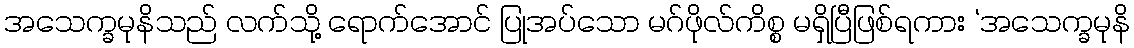
အသေက္ခမုနိသည် လက်သို့ ရောက်အောင် ပြုအပ်သော မဂ်ဖိုလ်ကိစ္စ မရှိပြီဖြစ်ရကား ‘အသေက္ခမုနိ